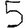
Digit: 5